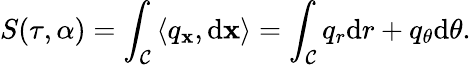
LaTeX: S(\tau,\alpha)=\int_{\mathcal{C}}\left\langle q_{\mathbf{x}},\mathrm{d}\mathbf{x}\right\rangle=\int_{\mathcal{C}}q_{r}\mathrm{d}r+q_{\theta}\mathrm{d}\theta.